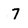
Character: 7